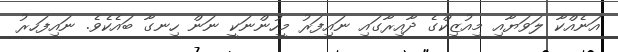
އަނެއްކާ ލަވަޔާއި މިއުޒިކްގެ ދާއިރާގައި ނައިފަރު މީހުންނަކީ ނަން ހިނގާ ބައެކެވެ. ނައިފަހރު